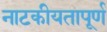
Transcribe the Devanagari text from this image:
नाटकीयतापूर्ण